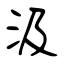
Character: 汲